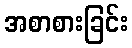
အစာစားခြင်း